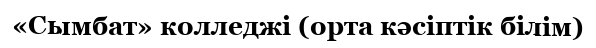
«Сымбат» колледжі (орта кәсіптік білім)